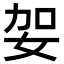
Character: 妿